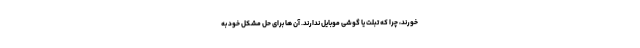
خورند، چرا که تبلت یا گوشی موبایل ندارند. آن ها برای حل مشکل خود به